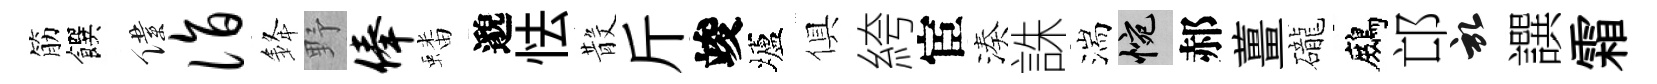
筋饌僕诣𨦟野俸蟠邈怯𣪚斤竣壚俱絝宦湊誅湍惋郝薑礲鷓邙啓譔霜